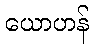
ယောဟန်